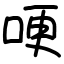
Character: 哽